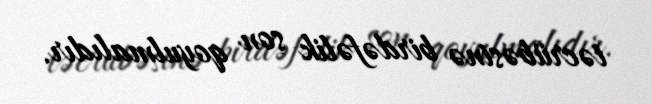
təcrübəsinə birdəfəlik son qoyulmalıdır.